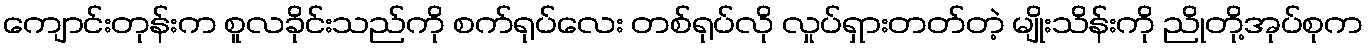
ကျောင်းတုန်းက စူလခိုင်းသည်ကို စက်ရုပ်လေး တစ်ရုပ်လို လှုပ်ရှားတတ်တဲ့ မျိုးသိန်းကို ညိုတို့အုပ်စုက